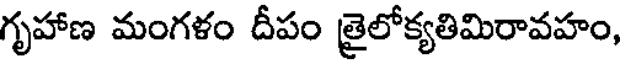
గృహాణ మంగళం దీపం తైలోక్యతిమిరావహం,